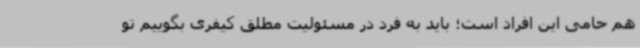
هم حامی این افراد است؛ باید به فرد در مسئولیت مطلق کیفری بگوییم تو